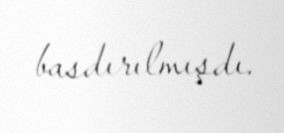
basdırılmışdı.